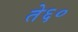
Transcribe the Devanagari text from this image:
ते६०